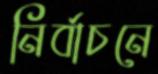
নির্বাচনে